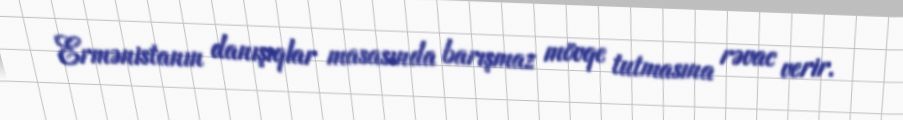
Ermənistanın danışıqlar masasında barışmaz mövqe tutmasına rəvac verir.